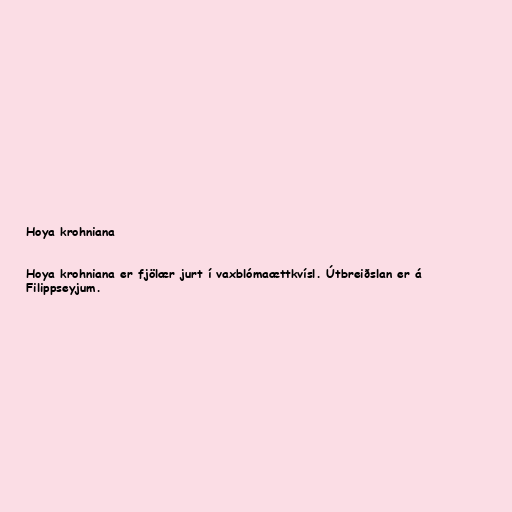
Hoya krohniana

Hoya krohniana er fjölær jurt í vaxblómaættkvísl. Útbreiðslan er á
Filippseyjum.